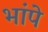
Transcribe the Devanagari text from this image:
भांपे